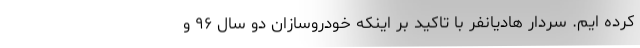
کرده ایم. سردار هادیانفر با تاکید بر اینکه خودروسازان دو سال ۹۶ و